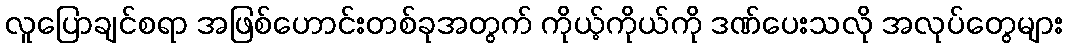
လူပြောချင်စရာ အဖြစ်ဟောင်းတစ်ခုအတွက် ကိုယ့်ကိုယ်ကို ဒဏ်ပေးသလို အလုပ်တွေများ